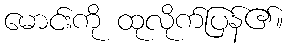
မောင်းကို ထုလိုက်ပြန်၏။